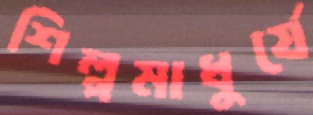
শিল্পমাধুর্যে